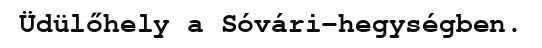
Üdülőhely a Sóvári-hegységben.